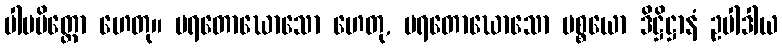
ပါပမိတ္တော ဟေတု။ ပရတောဃောသော ဟေတု, ပရတောဃောသော ပစ္စယော ဒိဋ္ဌိဋ္ဌာနံ ဥပါဒါယ